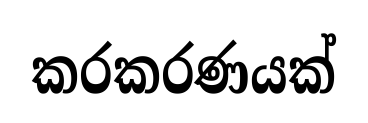
කරකරණයක්